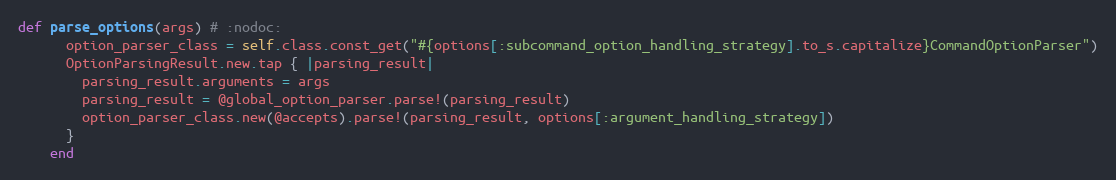
Language: Ruby
def parse_options(args) # :nodoc:
      option_parser_class = self.class.const_get("#{options[:subcommand_option_handling_strategy].to_s.capitalize}CommandOptionParser")
      OptionParsingResult.new.tap { |parsing_result|
        parsing_result.arguments = args
        parsing_result = @global_option_parser.parse!(parsing_result)
        option_parser_class.new(@accepts).parse!(parsing_result, options[:argument_handling_strategy])
      }
    end